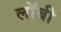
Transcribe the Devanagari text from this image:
लाॅबी